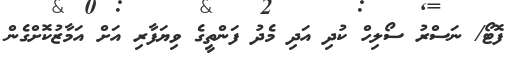
ފޮޓޯ/ ނަސްރު ސޯލިހް ކުދި އަދި މެދު ފަންތީގެ ވިޔަފާރި އަށް އަމާޒުކޮށްގެން